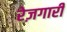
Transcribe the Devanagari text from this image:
रेज़गारी